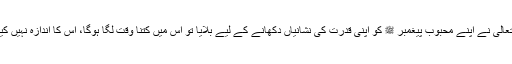
جب اﷲ تعالیٰ نے اپنے محبوب پیغمبر ﷺ کو اپنی قدرت کی نشانیاں دکھانے کے لیے بلایا تو اس میں کتنا وقت لگا ہوگا، اس کا اندازہ نہیں کیا جاسکتا۔